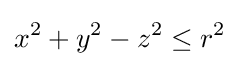
x^{2}+y^{2}-z^{2}\leq r^{2}